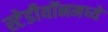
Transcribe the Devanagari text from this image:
स्टेडीयॉनमध्ये